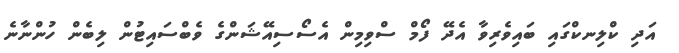
އަދި ކްލިނކްގައި ބައިވެރިވާ އެދޭ ފޯމް ސްވިމިން އެސޯސިއޭޝަންގެ ވެބްސައިޓުން ލިބެން ހުންނާނެ